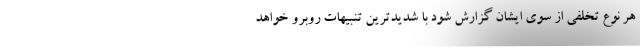
هر نوع تخلفی از سوی ایشان گزارش شود با شدیدترین تنبیهات روبرو خواهد